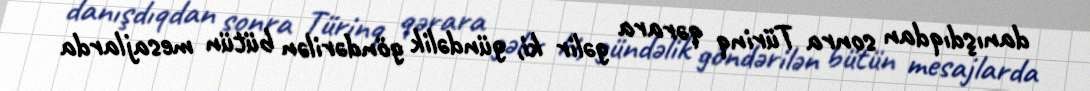
danışdıqdan sonra Türinq qərara gəlir ki, gündəlik göndərilən bütün mesajlarda